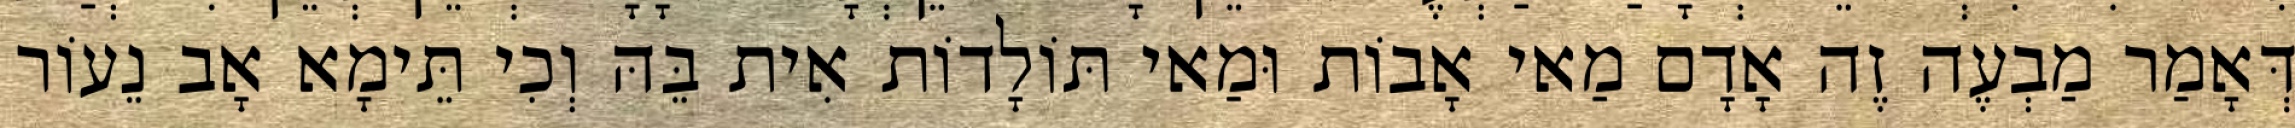
דְּאָמַר מַבְעֶה זֶה אָדָם מַאי אָבוֹת וּמַאי תּוֹלָדוֹת אִית בֵּהּ וְכִי תֵּימָא אָב נֵעוֹר